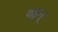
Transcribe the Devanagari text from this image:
यहन्